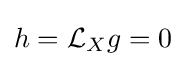
h={\mathcal {L}}_{X}g=0